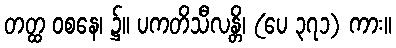
တတ္ထ ဝစနေ၊ ၌။ ပကတိသီလန္တိ၊ (ပေ ၃၇၁) ကား။